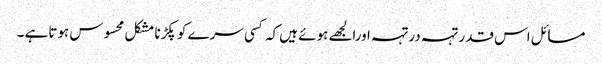
مسائل اس قدر تہہ درتہہ اورالجھے ہوئے ہیں کہ کسی سرے کو پکڑنا مشکل محسوس ہوتاہے ۔